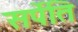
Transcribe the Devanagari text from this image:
सर्पेति